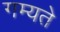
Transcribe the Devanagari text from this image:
गम्यते